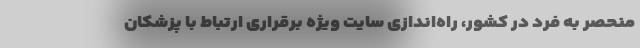
منحصر به فرد در کشور، راه‌اندازی سایت ویژه برقراری ارتباط با پزشکان